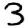
Digit: 3